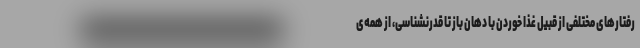
رفتار‌های مختلفی از قبیل غذا خوردن با دهان باز تا قدرنشناسی، از همه‌ی